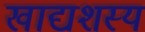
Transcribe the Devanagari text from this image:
खाद्यशस्य